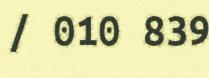
/ 010 839